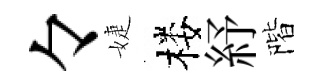
々婕楼紓階